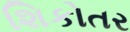
શિકોતર